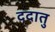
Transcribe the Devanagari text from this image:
ददातु